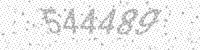
Solution: 544489